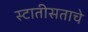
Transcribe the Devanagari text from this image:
स्टातीसताचे